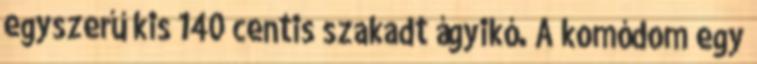
egyszerű kis 140 centis szakadt ágyikó. A komódom egy